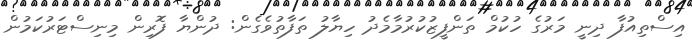
އިސްތިއުފާ ދިނީ މަރުގެ ހުކުމް ތަންފީޒުކުރުމާމެދު ހިޔާލު ތަފާތުވެގެން: ދުންޔާ ފޮރިން މިނިސްޓަރުކަމުން